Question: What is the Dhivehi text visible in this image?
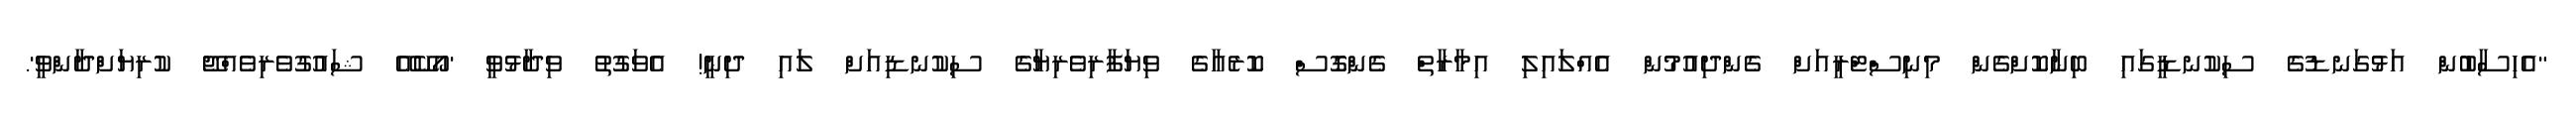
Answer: "އެހިސާބުން އަޅުގަނޑުގެ ސިކުނޑީގައި ބިނާކޮށްގެން މިނިސްޓްރީއަށް ގެންދިއުމުން އެއްލައިލި އިމާރާތް ގެންގޮސް ކޮރެއާގެ ވިޔަފާރިވެރިޔާގެ ސިކުނޑިއަށް ލައި ދިނީ! އެވަގުތު ވިދާޅުވީ 'އޯކޭއޭ ޝައުގުވެރިވެއްޖޭ ކުރިޔަށްދާންވީ'.